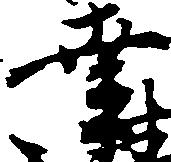
幸